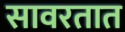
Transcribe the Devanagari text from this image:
सावरतात